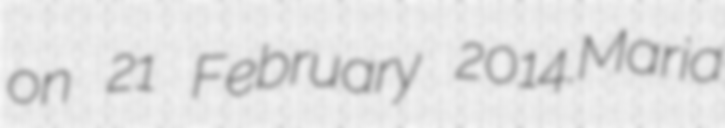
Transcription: on 21 February 2014.Maria